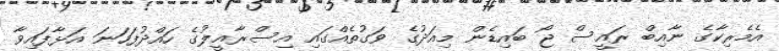
އެމެރިކާގެ ނާއިބް ރައީސް ޖޯ ބައިޑެން މިއަދުގެ ވަގުތެއްގައި އިސްރާއީލުގެ ހައްދުފަހަނަ އަޅާފައިވާ